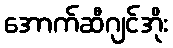
အောက်ဆီဂျင်အိုး